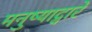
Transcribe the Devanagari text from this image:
मनुष्याद्वारे